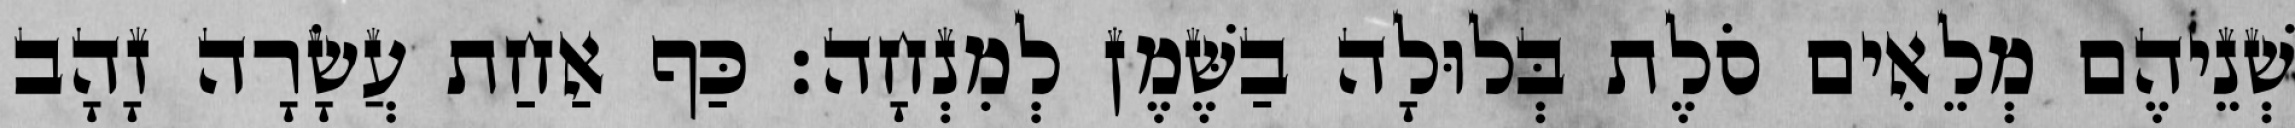
שְׁנֵיהֶם מְלֵאִים סֹלֶת בְּלוּלָה בַשֶּׁמֶן לְמִנְחָה׃ כַּף אַחַת עֲשָׂרָה זָהָב